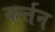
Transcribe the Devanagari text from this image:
कर्त्तन